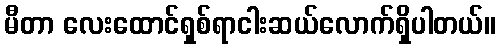
မီတာ လေးထောင်ရှစ်ရာငါးဆယ်လောက်ရှိပါတယ်။